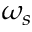
\omega _ { s }